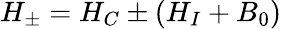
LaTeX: H_{\pm}=H_{C}\pm(H_{I}+B_{0})